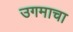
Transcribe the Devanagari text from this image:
उगमाचा